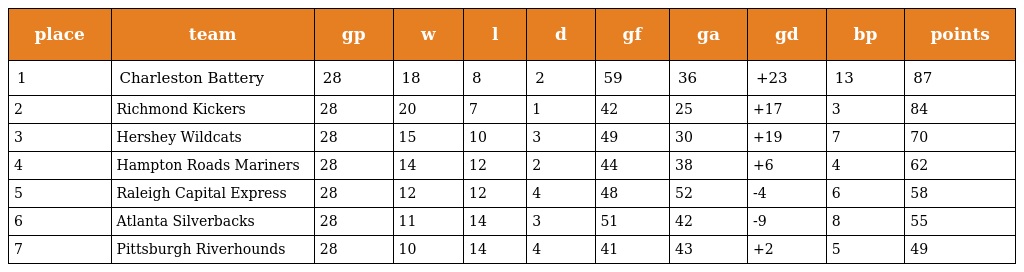
| place | team | gp | w | l | d | gf | ga | gd | bp | points |
 | --- | --- | --- | --- | --- | --- | --- | --- | --- | --- | --- |
 | 1 | Charleston Battery | 28 | 18 | 8 | 2 | 59 | 36 | +23 | 13 | 87 |
 | 2 | Richmond Kickers | 28 | 20 | 7 | 1 | 42 | 25 | +17 | 3 | 84 |
 | 3 | Hershey Wildcats | 28 | 15 | 10 | 3 | 49 | 30 | +19 | 7 | 70 |
 | 4 | Hampton Roads Mariners | 28 | 14 | 12 | 2 | 44 | 38 | +6 | 4 | 62 |
 | 5 | Raleigh Capital Express | 28 | 12 | 12 | 4 | 48 | 52 | -4 | 6 | 58 |
 | 6 | Atlanta Silverbacks | 28 | 11 | 14 | 3 | 51 | 42 | -9 | 8 | 55 |
 | 7 | Pittsburgh Riverhounds | 28 | 10 | 14 | 4 | 41 | 43 | +2 | 5 | 49 |